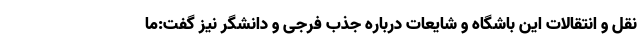
نقل و انتقالات این باشگاه و شایعات درباره جذب فرجی و دانشگر نیز گفت:ما